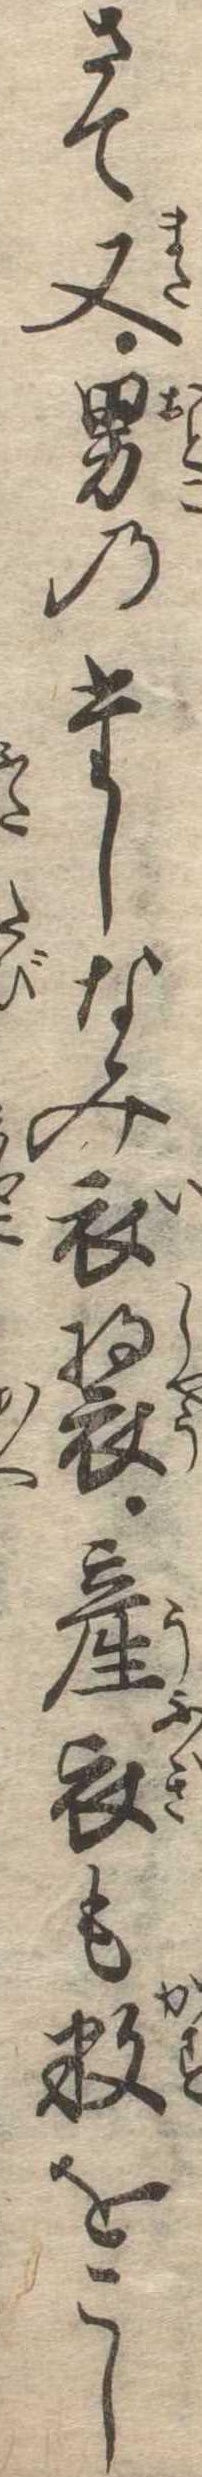
さて又男のたしなみ衣装産衣も数をこし